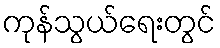
ကုန်သွယ်ရေးတွင်